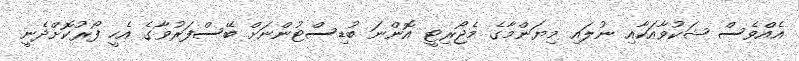
އެއްވެސް ޝަކުވާއަކާއި ނުލައި މިޔަންމާގެ މެޖޯރިޓީ އޮންނަ ބުޑިސްޓުންނަށް ބޭސްފަރުވާގެ އެހީ ފޯރުކޮށްދެނީ